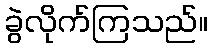
ခွဲလိုက်ကြသည်။